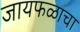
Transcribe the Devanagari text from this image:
जायफळाचा